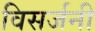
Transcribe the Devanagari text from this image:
विसर्जनी